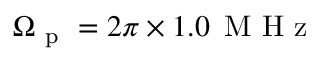
\Omega _ { \mathrm { ~ p ~ } } = 2 \pi \times 1 . 0 \, \mathrm { ~ M ~ H ~ z ~ }